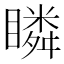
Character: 瞵